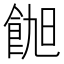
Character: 𬲑